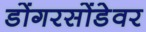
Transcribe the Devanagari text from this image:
डोंगरसोंडेवर